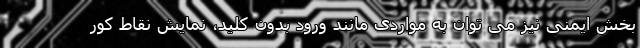
بخش ایمنی نیز می توان به مواردی مانند ورود بدون کلید، نمایش نقاط کور